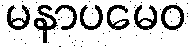
မနာပမေဝ